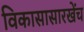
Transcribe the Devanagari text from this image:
विकासासारखेंच